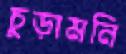
চুড়ামনি